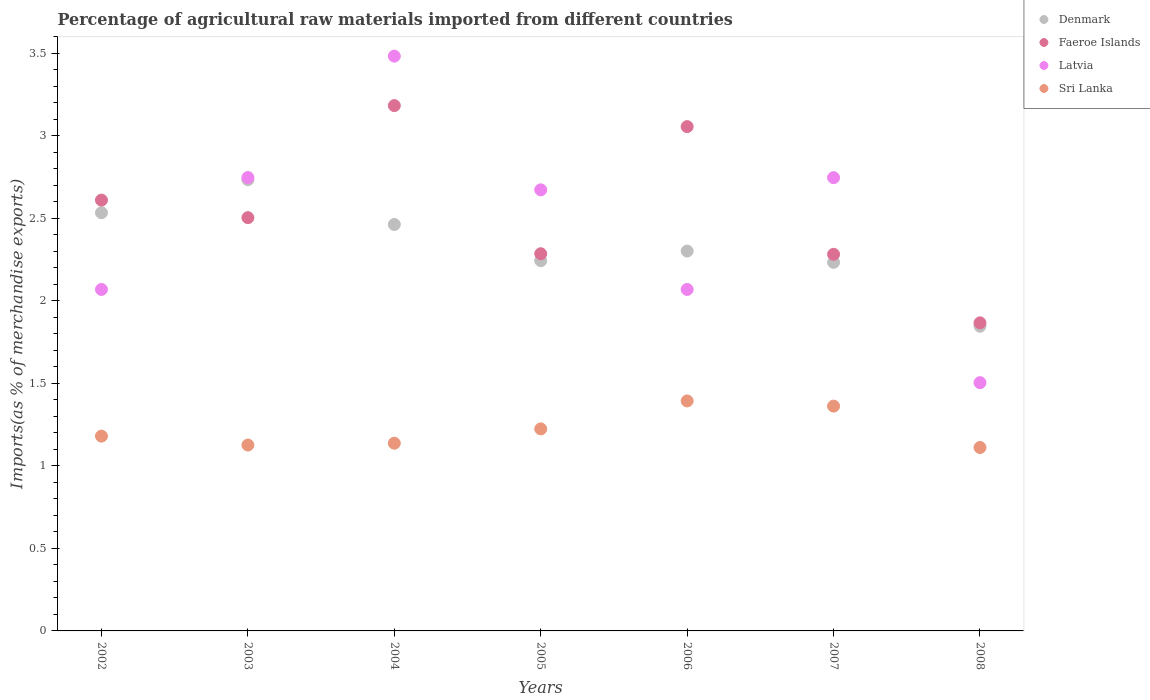
| Years | Denmark | Faeroe Islands | Latvia | Sri Lanka |
 | --- | --- | --- | --- | --- |
 | 2002 | 2.53 | 2.61 | 2.07 | 1.18 |
 | 2003 | 2.73 | 2.5 | 2.75 | 1.13 |
 | 2004 | 2.46 | 3.18 | 3.48 | 1.14 |
 | 2005 | 2.24 | 2.29 | 2.67 | 1.22 |
 | 2006 | 2.3 | 3.06 | 2.07 | 1.39 |
 | 2007 | 2.23 | 2.28 | 2.75 | 1.36 |
 | 2008 | 1.85 | 1.87 | 1.5 | 1.11 |